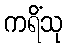
ကရိံသု